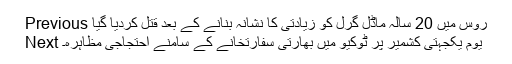
Previous روس میں 20 سالہ ماڈل گرل کو زیادتی کا نشانہ بنانے کے بعد قتل کردیا گیا
Next یوم یکجہتی کشمیر پر ٹوکیو میں بھارتی سفارتخانے کے سامنے احتجاجی مظاہرہ۔